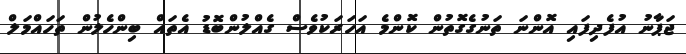
ޖަޕާނު އުފެދިފައި އޮންނަ ތަނުގެގޮތުން ކޮންމެ އަހަރަކުވެސް ގެއްލުންބޮޑު އެތައް ބިންހެލުން ތަހައްމަލް